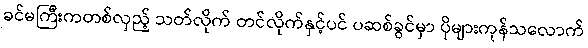
ခင်မကြီးကတစ်လှည့် သတ်လိုက် တင်လိုက်နှင့်ပင် ပဆစ်ခွင်မှာ ပိုများကုန်သလောက်